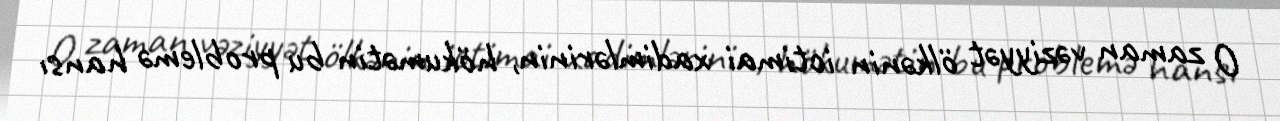
O zaman vəziyyət ölkənin ictimai xadimlərinin, hökumətin bu problemə hansı